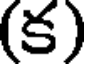
(క)